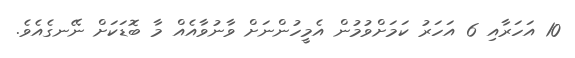
10 އަހަރާއި 6 އަހަރު ކަމަށްވުމުން އެމީހުންނަށް ވާނުވާއެއް މާ ބޮޑަކަށް ނޭނގެއެވެ.